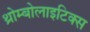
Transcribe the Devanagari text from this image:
थ्रोम्बोलाइटिक्स